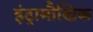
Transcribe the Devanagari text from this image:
इंट्रामौखिक